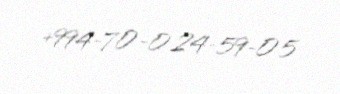
+994-70-024-59-05